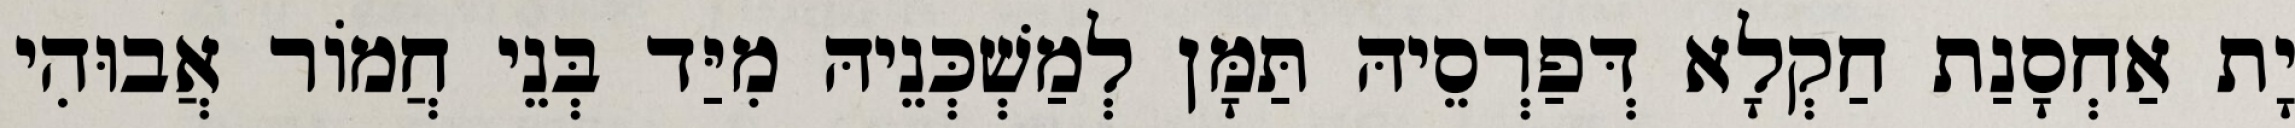
יָת אַחְסָנַת חַקְלָא דְּפַרְסֵיהּ תַּמָּן לְמַשְׁכְּנֵיהּ מִיַּד בְּנֵי חֲמוֹר אֲבוּהִי